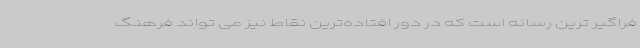
فراگیر ترین رسانه است که در دور افتاده‌ترین نقاط نیز می تواند فرهنگ